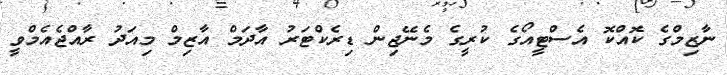
ނާޒިމްގެ ކޮއްކޮ އެސްޓީއޯގެ ކުރީގެ މެނޭޖިން ޑިރެކްޓަރު އާދަމް އާޒިމް މިއަދު ރާއްޖެއެމްވީ